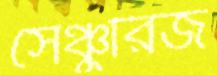
সেঞ্চুরিজ